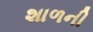
શાળની